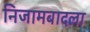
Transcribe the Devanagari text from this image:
निजामबादला